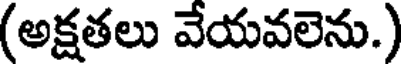
(అక్షతలు వేయవలెను.)